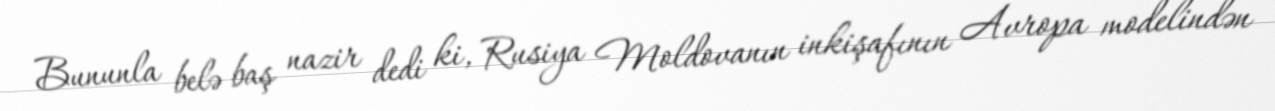
Bununla belə baş nazir dedi ki, Rusiya Moldovanın inkişafının Avropa modelindən